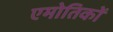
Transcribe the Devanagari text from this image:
एमोतिकों